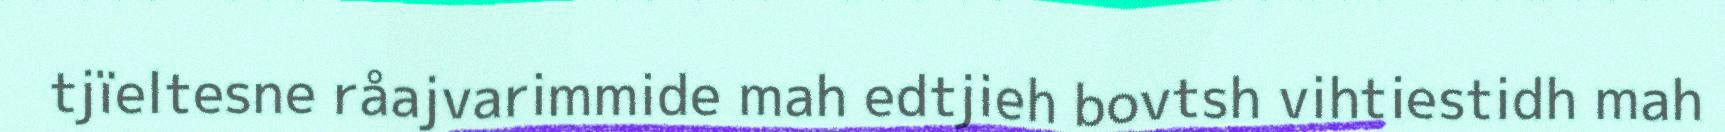
tjïeltesne råajvarimmide mah edtjieh bovtsh vihtiestidh mah